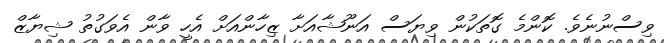
ވިސްނުނެވެ. ކޮންމެ ގޮތަކުން ވިޔަސް އަނޫޝާއަށާ ޒިހާންއަށް އެހީ ވާން އެވަގުތު ޝިޔާޒް